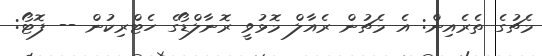
މެޗުގެ ތެރެއިން: އެ މެޗުން ރެއާލް މޮޅުވީ ރޮނާލްޑޯގެ ހެޓްރިކުން -- ފޮޓޯ: